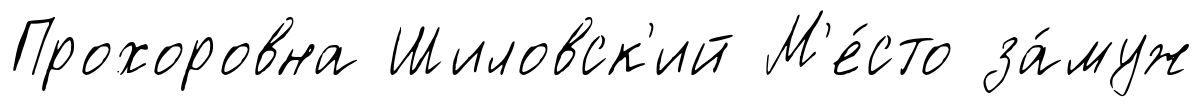
Прохоровна Шиловск'ий М'е́сто за́муж